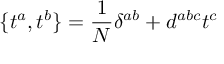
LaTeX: \{ t ^ { a } , t ^ { b } \} = { \frac { 1 } { N } } \delta ^ { a b } + d ^ { a b c } t ^ { c }